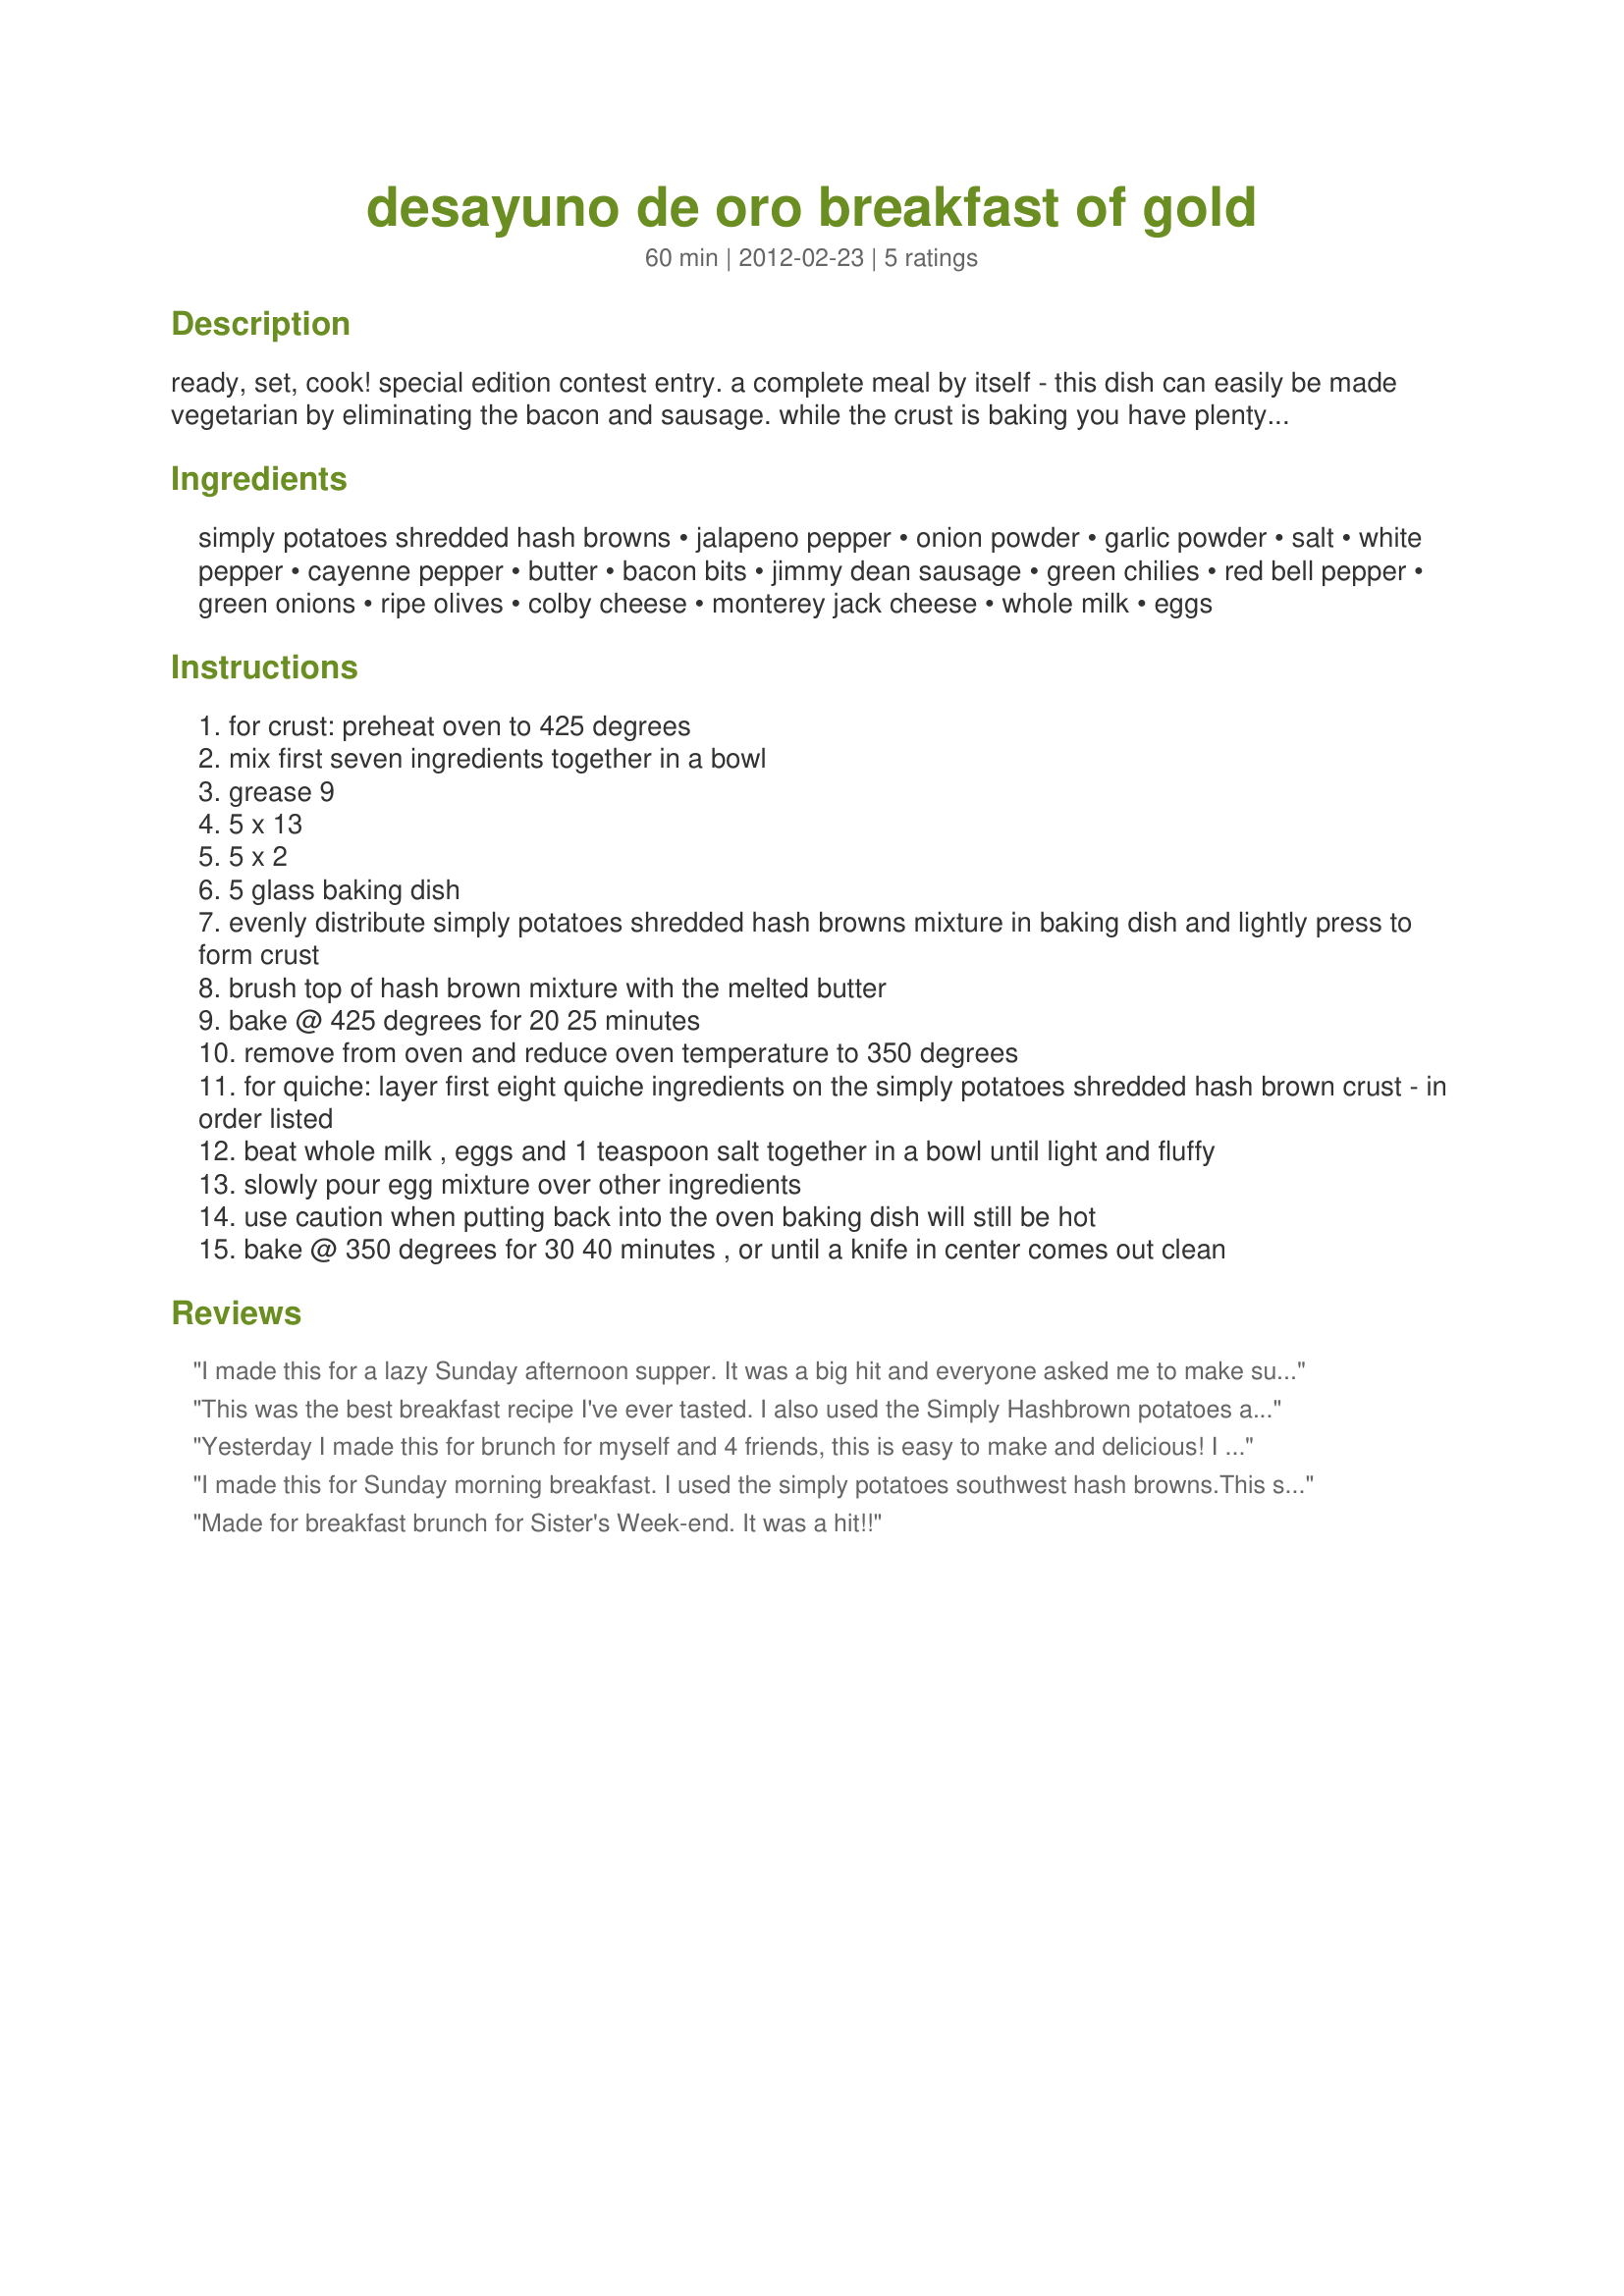
desayuno de oro breakfast of gold
Preparation time: 60 minutes

ready, set, cook! special edition contest entry. a complete meal by itself - this dish can easily be made vegetarian by eliminating the bacon and sausage. while the crust is baking you have plenty of time to prep your vegetables and other ingredients for the quiche. the dish bakes to a golden color and makes a beautiful main dish for week-end or holiday brunches. i love to serve with fresh salsa, sliced tomatoes and fruit. in a hurry? use simply potatoes® southwest style hash browns with the melted butter and eliminate the remaining ingredients for the crust. this dish serves 12 hungry amigos and is well received for an office breakfast potluck. leftovers are great heated up in the microwave.

Ingredients:
simply potatoes shredded hash browns, jalapeno pepper, onion powder, garlic powder, salt, white pepper, cayenne pepper, butter, bacon bits, jimmy dean sausage, green chilies, red bell pepper, green onions, ripe olives, colby cheese, monterey jack cheese, whole milk, eggs

Steps:
for crust: preheat oven to 425 degrees
mix first seven ingredients together in a bowl
grease 9
5 x 13
5 x 2
5 glass baking dish
evenly distribute simply potatoes shredded hash browns mixture in baking dish and lightly press to form crust
brush top of hash brown mixture with the melted butter
bake @ 425 degrees for 20 25 minutes
remove from oven and reduce oven temperature to 350 degrees
for quiche: layer first eight quiche ingredients on the simply potatoes shredded hash brown crust - in order listed
beat whole milk , eggs and 1 teaspoon salt together in a bowl until light and fluffy
slowly pour egg mixture over other ingredients
use caution when putting back into the oven baking dish will still be hot
bake @ 350 degrees for 30 40 minutes , or until a knife in center comes out clean

Reviews:
I made this for a lazy Sunday afternoon supper. It was a big hit and everyone asked me to make sure I saved this recipe to use again.
This was the best breakfast recipe I've ever tasted. I also used the Simply Hashbrown potatoes and it came out a perfect golden brown. The combination of the ingredients makes this so tasty.
Yesterday I made this for brunch for myself and 4 friends, this is easy to make and delicious! I used the tip for the simple recipe and opted for the Simply Potatoes Southwest hash browns which probably saved me the first 7 steps. When it comes out of the oven it%u2019s this beautiful golden color, and I was surprised about how flavourful it was. The green chilis and fresh olives gave this recipe a very special accent flavour. Everyone loved it and there were plenty of leftovers :)
I made this for Sunday morning breakfast. I used the simply potatoes southwest hash browns.This shortcut really makes it simple to get everything ready while the crust bakes. It came out beautiful and tasted delicious. I will be keeping this recipe handy and making this again.
Made for breakfast brunch for Sister's Week-end. It was a hit!!
